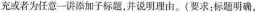
充或者为任意一讲添加子标题，并说明理由。(要求：标题明确，